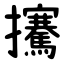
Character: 㩷